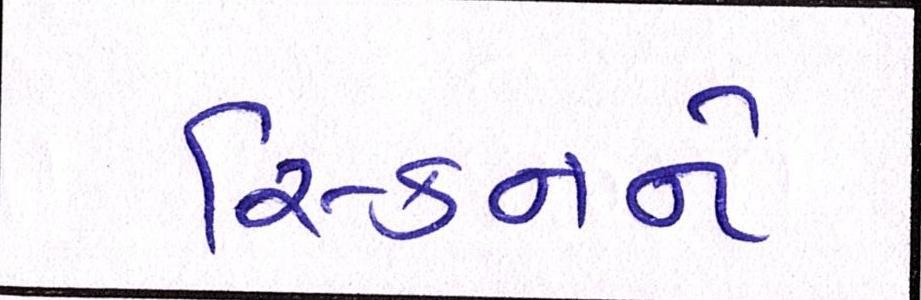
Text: સ્કિનને